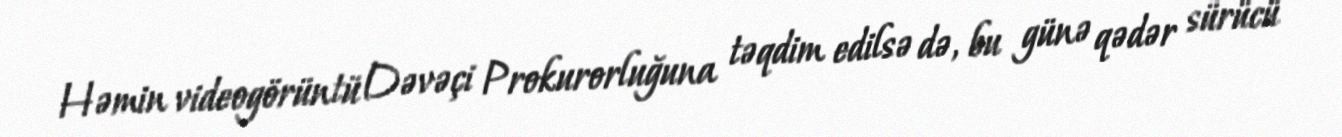
Həmin videogörüntü Dəvəçi Prokurorluğuna təqdim edilsə də, bu günə qədər sürücü